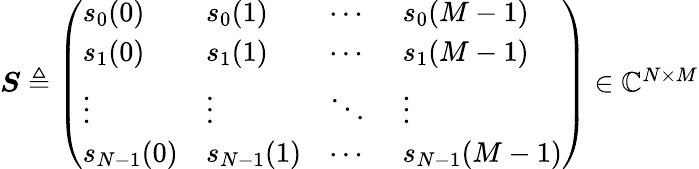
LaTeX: \begin{array}{r}{\boldsymbol{S}\triangleq\left(\begin{array}{llll}{s_{0}(0)}&{s_{0}(1)}&{\cdots\ }&{s_{0}(M-1)}\\ {s_{1}(0)}&{s_{1}(1)}&{\cdots\ }&{s_{1}(M-1)}\\ {\vdots}&{\vdots}&{\ddots}&{\vdots}\\ {s_{N-1}(0)}&{s_{N-1}(1)}&{\cdots\ }&{s_{N-1}(M-1)}\end{array}\right)\in{\mathbb{C}}^{N\times M}}\end{array}